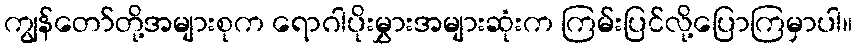
ကျွန်တော်တို့အများစုက ရောဂါပိုးမွှားအများဆုံးက ကြမ်းပြင်လို့ပြောကြမှာပါ။